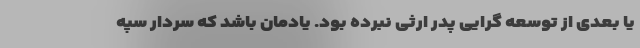
یا بعدی از توسعه گرایی پدر ارثی نبرده بود. یادمان باشد که سردار سپه